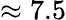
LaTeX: \approx 7.5